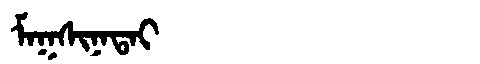
Manchu: ᠮᠠᡴᠰᡳᠨᠠᡨᠠᡳ
Romanization: MAKSINATAI